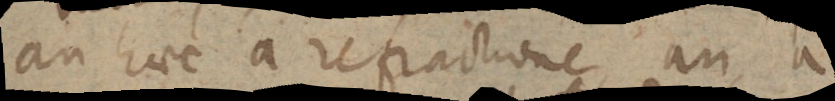
an haec a refractione, an a